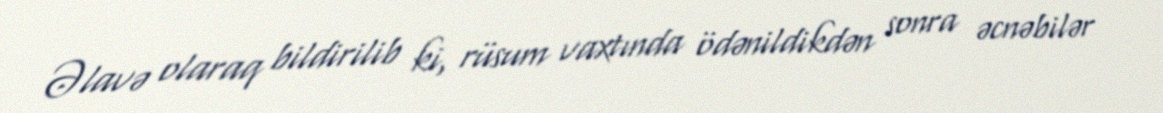
Əlavə olaraq bildirilib ki, rüsum vaxtında ödənildikdən sonra əcnəbilər